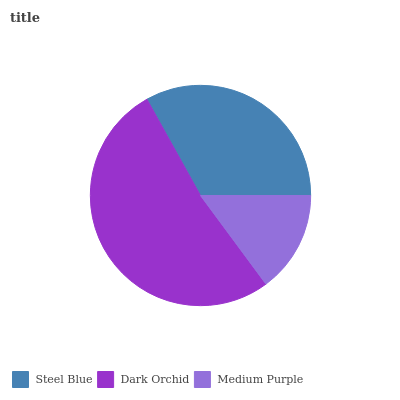
| Steel Blue | Dark Orchid | Medium Purple |
 | --- | --- | --- |
 | 33.1% | 52% | 14.9% |